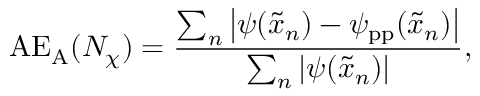
\mathrm { A E _ { A } } ( N _ { \chi } ) = \frac { \sum _ { n } \left| \psi ( \tilde { x } _ { n } ) - \psi _ { \mathrm { p p } } ( \tilde { x } _ { n } ) \right| } { \sum _ { n } | \psi ( \tilde { x } _ { n } ) | } ,